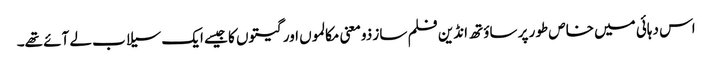
اس دہائی میں خاص طور پر ساؤتھ انڈین فلم ساز ذومعنی مکالموں اور گیتوں کا جیسے ایک سیلاب لے آئے تھے۔